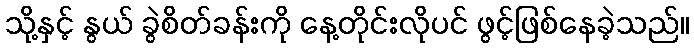
သို့နှင့် နွယ် ခွဲစိတ်ခန်းကို နေ့တိုင်းလိုပင် ဖွင့်ဖြစ်နေခဲ့သည်။